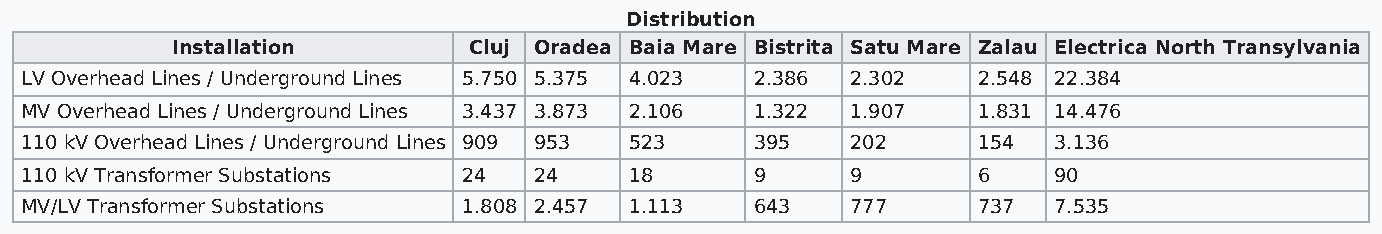
Distribution
 Installation        Cluj Oradea Baia Mare Bistrita Satu Mare Zalau Electrica North Transylvania
 LV Overhead Lines / Underground Lines 5.750 5.375 4.023 2.386 2.302 2.548 22.384
 MV Overhead Lines / Underground Lines 3.437 3.873 2.106 1.322 1.907 1.831 14.476
 110 kV Overhead Lines / Underground Lines 909 953 523 395 202   154  3.136
 110 kV Transformer Substations 24 24     18      9     9        6    90
 MV/LV Transformer Substations 1.808 2.457 1.113  643   777      737  7.535